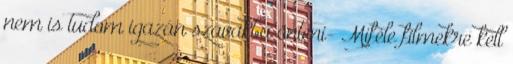
nem is tudom igazán szavakba önteni- Miféle filmekre kell